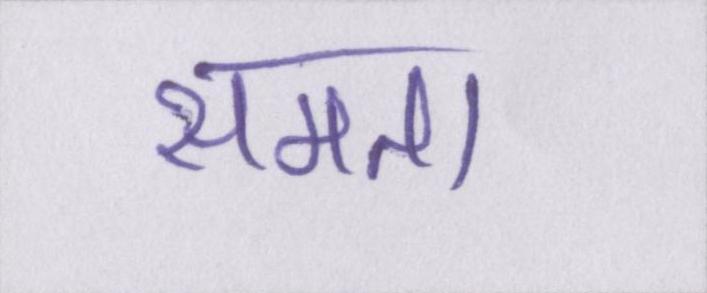
समता